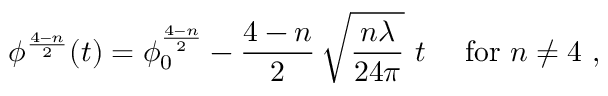
\phi ^ { \frac { 4 - n } { 2 } } ( t ) = \phi _ { 0 } ^ { \frac { 4 - n } { 2 } } - \frac { 4 - n } { 2 } \, \sqrt { \frac { n \lambda } { 2 4 \pi } } \ t \ \ \ \ \mathrm { f o r } \ n \not = 4 \ ,